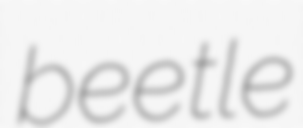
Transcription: beetle